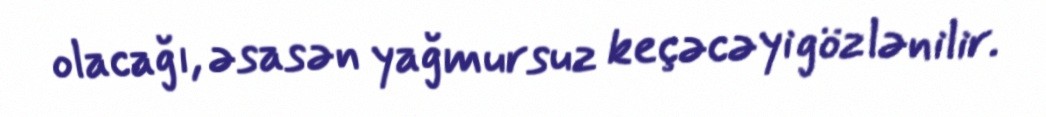
olacağı, əsasən yağmursuz keçəcəyi gözlənilir.